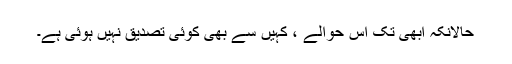
حالانکہ ابھی تک اس حوالے ، کہیں سے بھی کوئی تصدیق نہیں ہوئی ہے۔